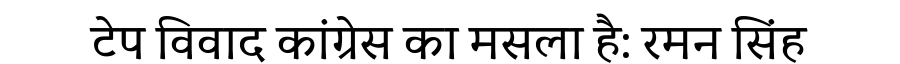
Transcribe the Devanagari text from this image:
टेप विवाद कांग्रेस का मसला है: रमन सिंह